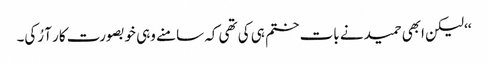
‘‘ لیکن ابھی حمید نے بات ختم ہی کی تھی کہ سامنے وہی خوبصورت کار آ رُکی۔